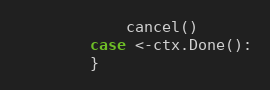
Language: Go
			cancel()
		case <-ctx.Done():
		}